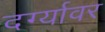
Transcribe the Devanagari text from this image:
दर्ग्यावर